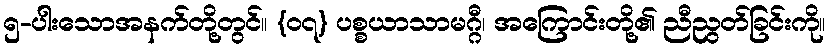
၅-ပါးသောအနက်တို့တွင်။ {၀၇} ပစ္စယာသာမဂ္ဂီ၊ အကြောင်းတို့၏ ညီညွတ်ခြင်းကို။